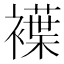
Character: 𧝵